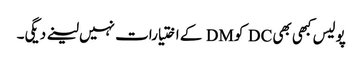
پولیس کبھی بھی DC کو DM کے اختیارات نہیں لینے دیگی۔